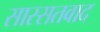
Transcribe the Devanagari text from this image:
सास्सतवाद